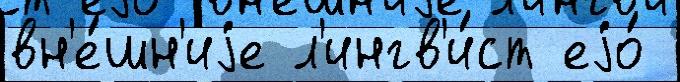
вн'е́шн'иjе л'ингв'и́ст еjо́